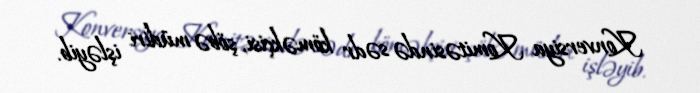
Konversiya Komitəsində sədr köməkçisi, şöbə müdiri işləyib.